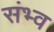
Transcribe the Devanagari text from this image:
संभ्व